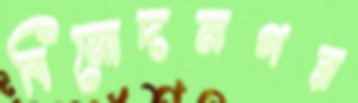
বিনোদনগর